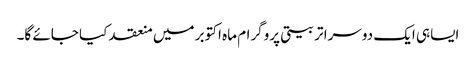
ایساہی ایک دوسرا تربیتی پروگرام ماہ اکتوبر میں منعقد کیا جائے گا۔